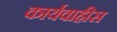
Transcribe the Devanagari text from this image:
कार्यवाहीस